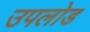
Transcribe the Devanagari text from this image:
उपलोड